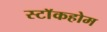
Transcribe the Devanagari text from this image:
स्टाॅकहोम